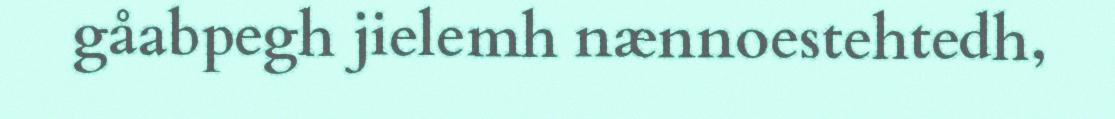
gåabpegh jielemh nænnoestehtedh,